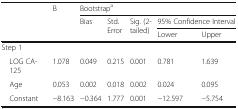
| <ROWSPAN=3>  | <ROWSPAN=3> B | <COLSPAN=5> Bootstrapa |
 | <ROWSPAN=2> Bias | <ROWSPAN=2> Std. Error | <ROWSPAN=2> Sig. (2-tailed) | <COLSPAN=2> 95% Confidence Interval |
 | Lower | Upper |
 | --- | --- | --- | --- | --- | --- | --- |
 | <COLSPAN=7> Step 1 |
 | LOG CA-125 | 1.078 | 0.049 | 0.215 | 0.001 | 0.781 | 1.639 |
 | Age | 0.053 | 0.002 | 0.018 | 0.002 | 0.024 | 0.095 |
 | Constant | −8.163 | −0.364 | 1.777 | 0.001 | −12.597 | −5.754 |